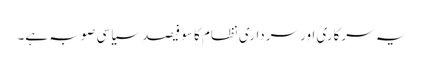
یہ سرکاری اور سرداری نظام کا سو فیصد سیاسی صوبہ ہے۔